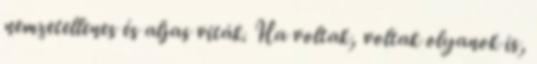
nemzetellenes és aljas viták. Ha voltak, voltak olyanok is,